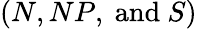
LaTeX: (N,NP,{\mathrm{~and~}}S)\,